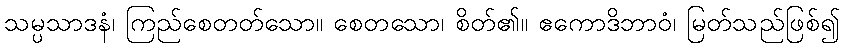
သမ္ပသာဒနံ၊ ကြည်စေတတ်သော။ စေတသော၊ စိတ်၏။ ဧကောဒိဘာဝံ၊ မြတ်သည်ဖြစ်၍